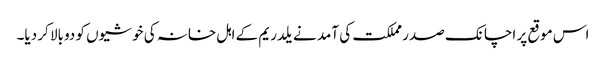
اس موقع پر اچانک صدر مملکت کی آمد نے یلدریم کے اہل خانہ کی خوشیوں کو دوبالا کر دیا۔